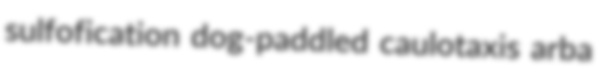
sulfofication dog-paddled caulotaxis arba